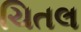
ચિતલ